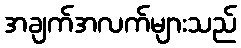
အချက်အလက်များသည်